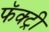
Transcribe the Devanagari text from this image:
फॅक्ट्री